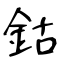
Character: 鈷